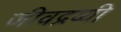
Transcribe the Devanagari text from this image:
जीवद्रव्यी